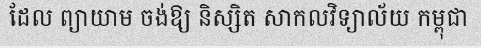
ដែល ព្យាយាម ចង់ឱ្យ និស្សិត សាកលវិទ្យាល័យ កម្ពុជា